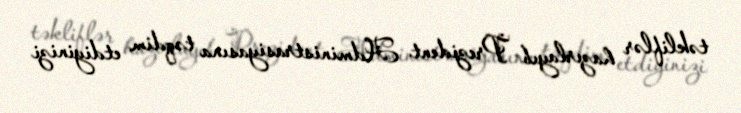
təkliflər hazırlayıb Prezident Administrasiyasına təqdim etdiyinizi